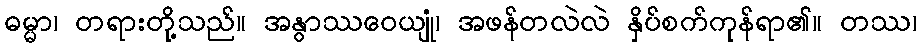
ဓမ္မာ၊ တရားတို့သည်။ အနွာဿဝေယျုံ၊ အဖန်တလဲလဲ နှိပ်စက်ကုန်ရာ၏။ တဿ၊